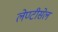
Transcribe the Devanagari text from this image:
लेण्टीसेल